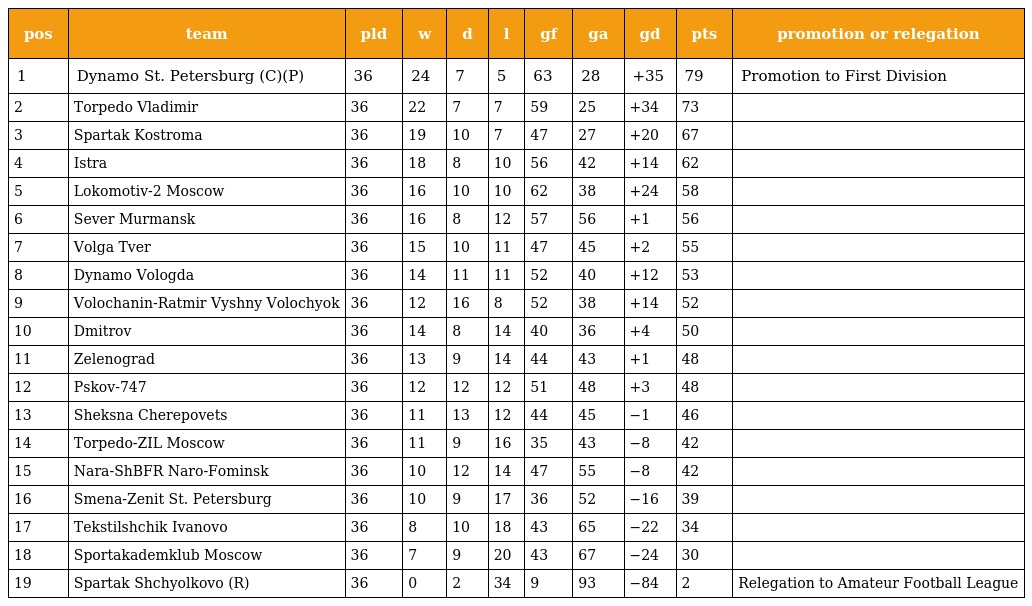
| pos | team | pld | w | d | l | gf | ga | gd | pts | promotion or relegation |
 | --- | --- | --- | --- | --- | --- | --- | --- | --- | --- | --- |
 | 1 | Dynamo St. Petersburg (C)(P) | 36 | 24 | 7 | 5 | 63 | 28 | +35 | 79 | Promotion to First Division |
 | 2 | Torpedo Vladimir | 36 | 22 | 7 | 7 | 59 | 25 | +34 | 73 |  |
 | 3 | Spartak Kostroma | 36 | 19 | 10 | 7 | 47 | 27 | +20 | 67 |  |
 | 4 | Istra | 36 | 18 | 8 | 10 | 56 | 42 | +14 | 62 |  |
 | 5 | Lokomotiv-2 Moscow | 36 | 16 | 10 | 10 | 62 | 38 | +24 | 58 |  |
 | 6 | Sever Murmansk | 36 | 16 | 8 | 12 | 57 | 56 | +1 | 56 |  |
 | 7 | Volga Tver | 36 | 15 | 10 | 11 | 47 | 45 | +2 | 55 |  |
 | 8 | Dynamo Vologda | 36 | 14 | 11 | 11 | 52 | 40 | +12 | 53 |  |
 | 9 | Volochanin-Ratmir Vyshny Volochyok | 36 | 12 | 16 | 8 | 52 | 38 | +14 | 52 |  |
 | 10 | Dmitrov | 36 | 14 | 8 | 14 | 40 | 36 | +4 | 50 |  |
 | 11 | Zelenograd | 36 | 13 | 9 | 14 | 44 | 43 | +1 | 48 |  |
 | 12 | Pskov-747 | 36 | 12 | 12 | 12 | 51 | 48 | +3 | 48 |  |
 | 13 | Sheksna Cherepovets | 36 | 11 | 13 | 12 | 44 | 45 | −1 | 46 |  |
 | 14 | Torpedo-ZIL Moscow | 36 | 11 | 9 | 16 | 35 | 43 | −8 | 42 |  |
 | 15 | Nara-ShBFR Naro-Fominsk | 36 | 10 | 12 | 14 | 47 | 55 | −8 | 42 |  |
 | 16 | Smena-Zenit St. Petersburg | 36 | 10 | 9 | 17 | 36 | 52 | −16 | 39 |  |
 | 17 | Tekstilshchik Ivanovo | 36 | 8 | 10 | 18 | 43 | 65 | −22 | 34 |  |
 | 18 | Sportakademklub Moscow | 36 | 7 | 9 | 20 | 43 | 67 | −24 | 30 |  |
 | 19 | Spartak Shchyolkovo (R) | 36 | 0 | 2 | 34 | 9 | 93 | −84 | 2 | Relegation to Amateur Football League |